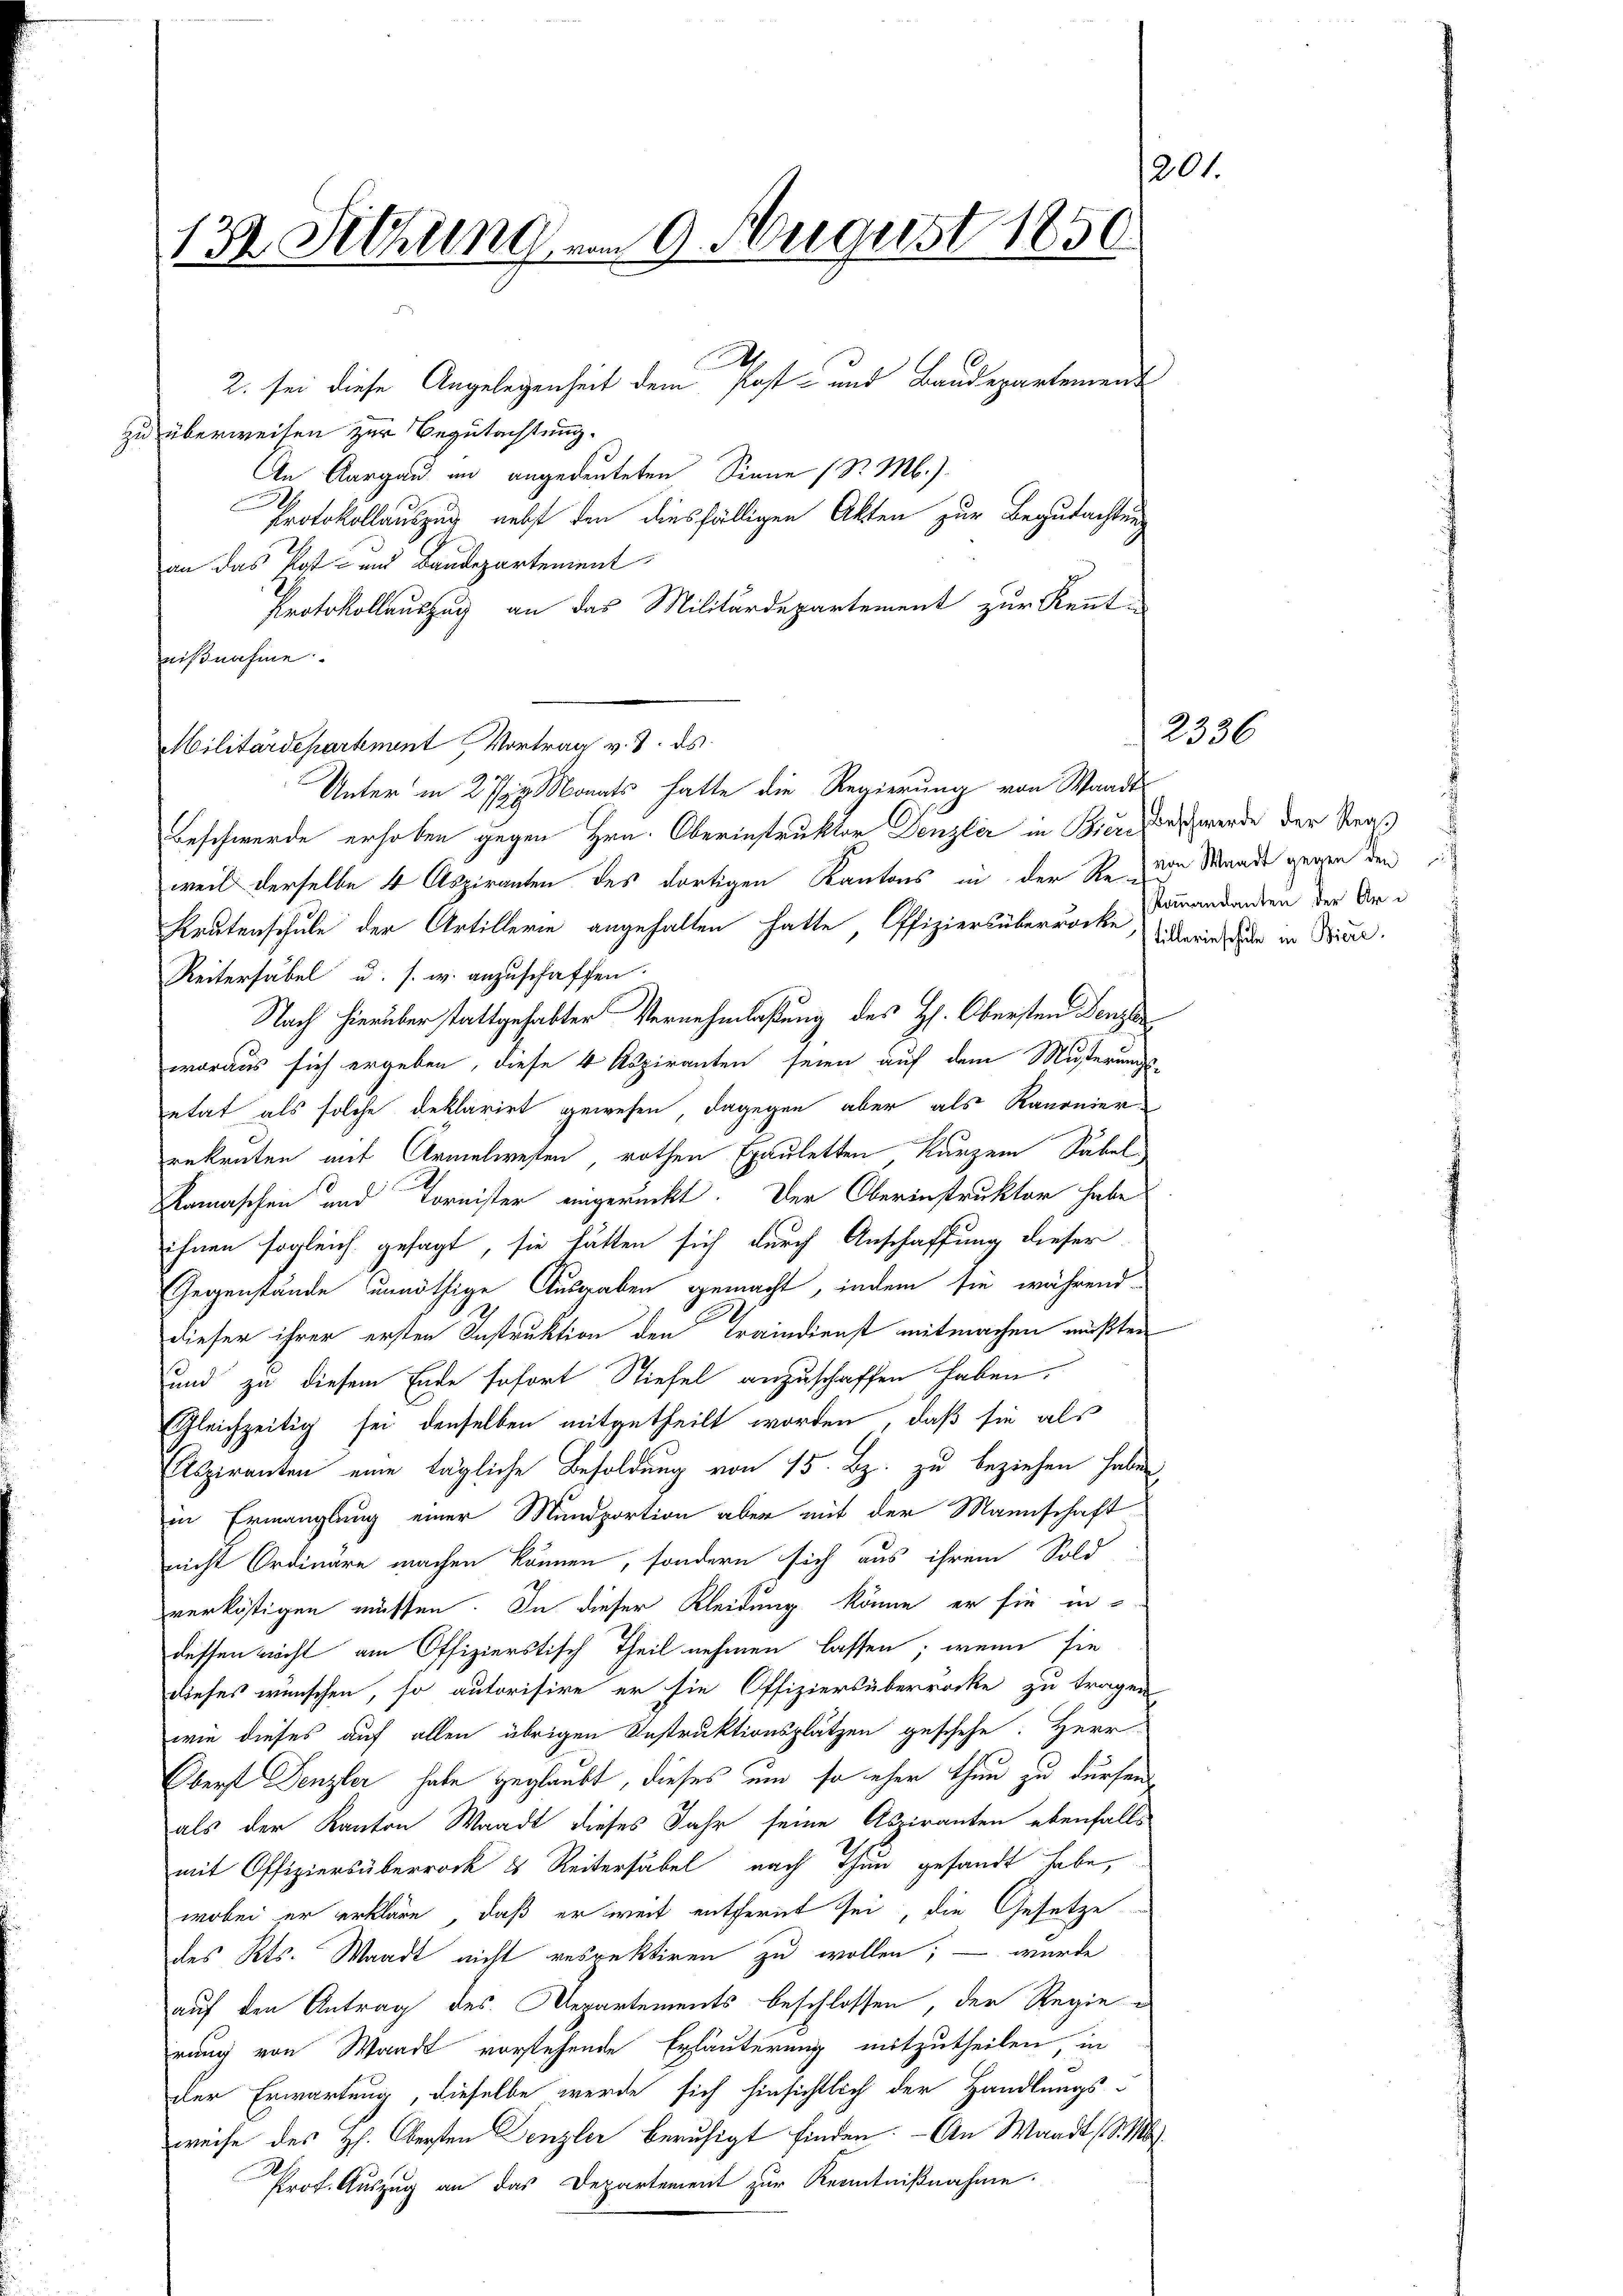
201.
122. Sitzung vom 9. August 1850.
.

2. sei diese Angelegenheit dem Post- und Baudepartement
zu überweisen zur Begutachtung.
An Aargau an angedeuteten Sinne (S. M.)
Protokollauszug nebst den diesfälligen Akten zur Begutachtung
an das Post- und Baudepartement
Protokollauszug an das Militärdepartement zur Kennt-
nißnahme.
Militärdepartement Vortrag v. J. ds
Beschwerde erhoben gegen Hrn. Oberinstruktor Denzler in Biere des werde der Straß
weil derselbe 4 Aspiranten des dortigen Kantons in der Rede Mande gegen den i
Kratenschule der Artillerie angehalten hatte, Offiziers überröcke, sowie der in Wider.
Reiterfabel u. s. w. anzuschaffen.
Nach hierüber stattgehabter Vernehmlaßung des Hs. Obersten Denzler
woraus sich ergeben, diese 4 Aspiranten seien auf dem Musterungs-
etat als solche Reklarirt gewesen, dagegen aber als Kanonierrekruten mit Armelwesen, rothen Epauletten kurzem Sabel¬
Kamaschen und Tornister eingerückt. Der Oberinstruktor habe
ihnen sogleich gesagt, sie hätten sich durch Anschaffung dieser
Gegenstände unnöthige Ausgaben gemacht, indem sie während
dieser ihrer ersten Instruktion den Traindienst mitmachen müßten
und zu diesem Ende sofort Stiefel anzuschaffen haben.
Gleichzeitig sei denselben mitgetheilt worden, daß sie als
Aspiranten eine tägliche Besoldung von 15. Bz. zu beziehen haben,
in Ermanglung einer Mundportion aber mit der Mannschaft
nicht Ordinäre machen können, sondern sich aus ihrem Sold
verköstigen müssen. In dieser Kleidung könne er sie in
dessen nicht am Offizierstisch Theil nehmen lassen; wenn sie
dieses wünschen, so autorisire er sie Offiziersüberrocke zu tragen
wie dieses auf allen übrigen Instruktionsplätzen geschehe. Herr
Oberst Denzler habe geglaubt, dieses um so eher thun zu dürfen,
als der Kanton Waadt dieses Jahr seine Aspiranten ebenfalls
mit Offiziersüberrock & Reitersäbel nach Thun gesandt habe,
wobei er erkläre, daß er weit entfernt sei, die Gesetze
des Kts. Waadt nicht redrektiren zu wollen; – wurde
auf den Antrag des Departements beschlossen, der Regierung von Waadt vorstehende Erläuterung mitzutheilen, in
der Erwartung, dieselbe werde sich hinsichtlich der Handlungs-
weise des Hs. Obersten Denzler beruhigt finden. - An Waadt (S. 16
Prof. Auszug an das Departement zur Kenntnißnahme.

Unter in 2 1/2 Monats hatte die Regierung von Waadt

2336

Kommandanten der Ar¬